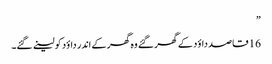
”
16 قاصد داؤد کے گھر گئے وہ گھر کے اندر داؤد کو لینے گئے۔